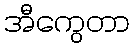
အီကွေတာ